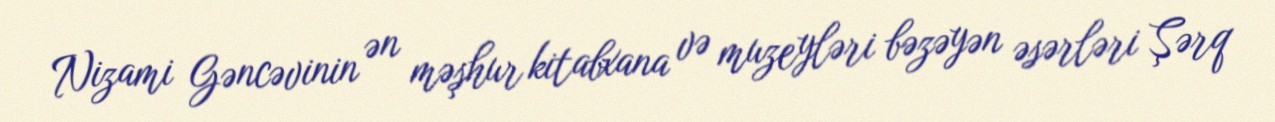
Nizami Gəncəvinin ən məşhur kitabxana və muzeyləri bəzəyən əsərləri Şərq